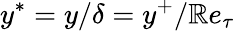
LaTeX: y^{\ast}=y/\delta=y^{+}/\mathbb{R}e_{\tau}